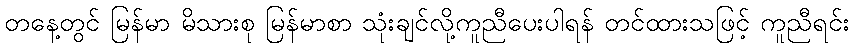
တနေ့တွင် မြန်မာ မိသားစု မြန်မာစာ သုံးချင်လို့ကူညီပေးပါရန် တင်ထားသဖြင့် ကူညီရင်း